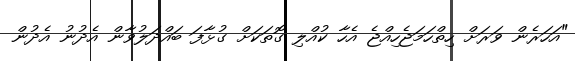
"އަހަރެން ވަރަށް ހިތްހަމަޖެހިއްޖެ އެހާ ކުއްލި ގޮތަކަށް ގުޅާފަ ބައްދަލުވާން އެދުނު އެދުން